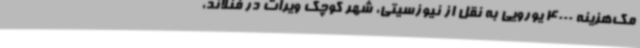
مک‌هزینه 4000 یورویی به نقل از نیوزسیتی، شهر کوچک ویرات در فنلاند،